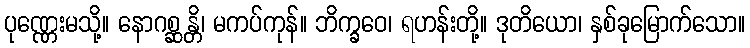
ပုဏ္ဏေးမသို့။ နောဂစ္ဆန္တိ၊ မကပ်ကုန်။ ဘိက္ခဝေ၊ ရဟန်းတို့။ ဒုတိယော၊ နှစ်ခုမြောက်သော။